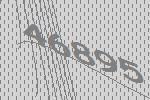
46895